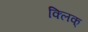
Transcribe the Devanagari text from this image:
क्लिक्